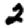
Digit: 2